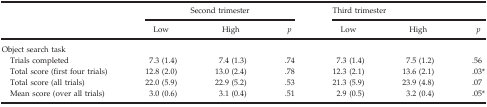
<table><thead><tr><td></td><td colspan="3"><b>Second trimester</b></td><td colspan="3"><b>Third trimester</b></td></tr><tr><td></td><td><b>Low</b></td><td><b>High</b></td><td><b><i>p</i></b></td><td><b>Low</b></td><td><b>High</b></td><td><b><i>p</i></b></td></tr></thead><tbody><tr><td colspan="7">Object search task</td></tr><tr><td> Trials completed</td><td>7.3 (1.4)</td><td>7.4 (1.3)</td><td>.74</td><td>7.3 (1.4)</td><td>7.5 (1.2)</td><td>.56</td></tr><tr><td> Total score (first four trials)</td><td>12.8 (2.0)</td><td>13.0 (2.4)</td><td>.78</td><td>12.3 (2.1)</td><td>13.6 (2.1)</td><td>.03*</td></tr><tr><td> Total score (all trials)</td><td>22.0 (5.9)</td><td>22.9 (5.2)</td><td>.53</td><td>21.3 (5.9)</td><td>23.9 (4.8)</td><td>.07</td></tr><tr><td> Mean score (over all trials)</td><td>3.0 (0.6)</td><td>3.1 (0.4)</td><td>.51</td><td>2.9 (0.5)</td><td>3.2 (0.4)</td><td>.05*</td></tr></tbody></table>